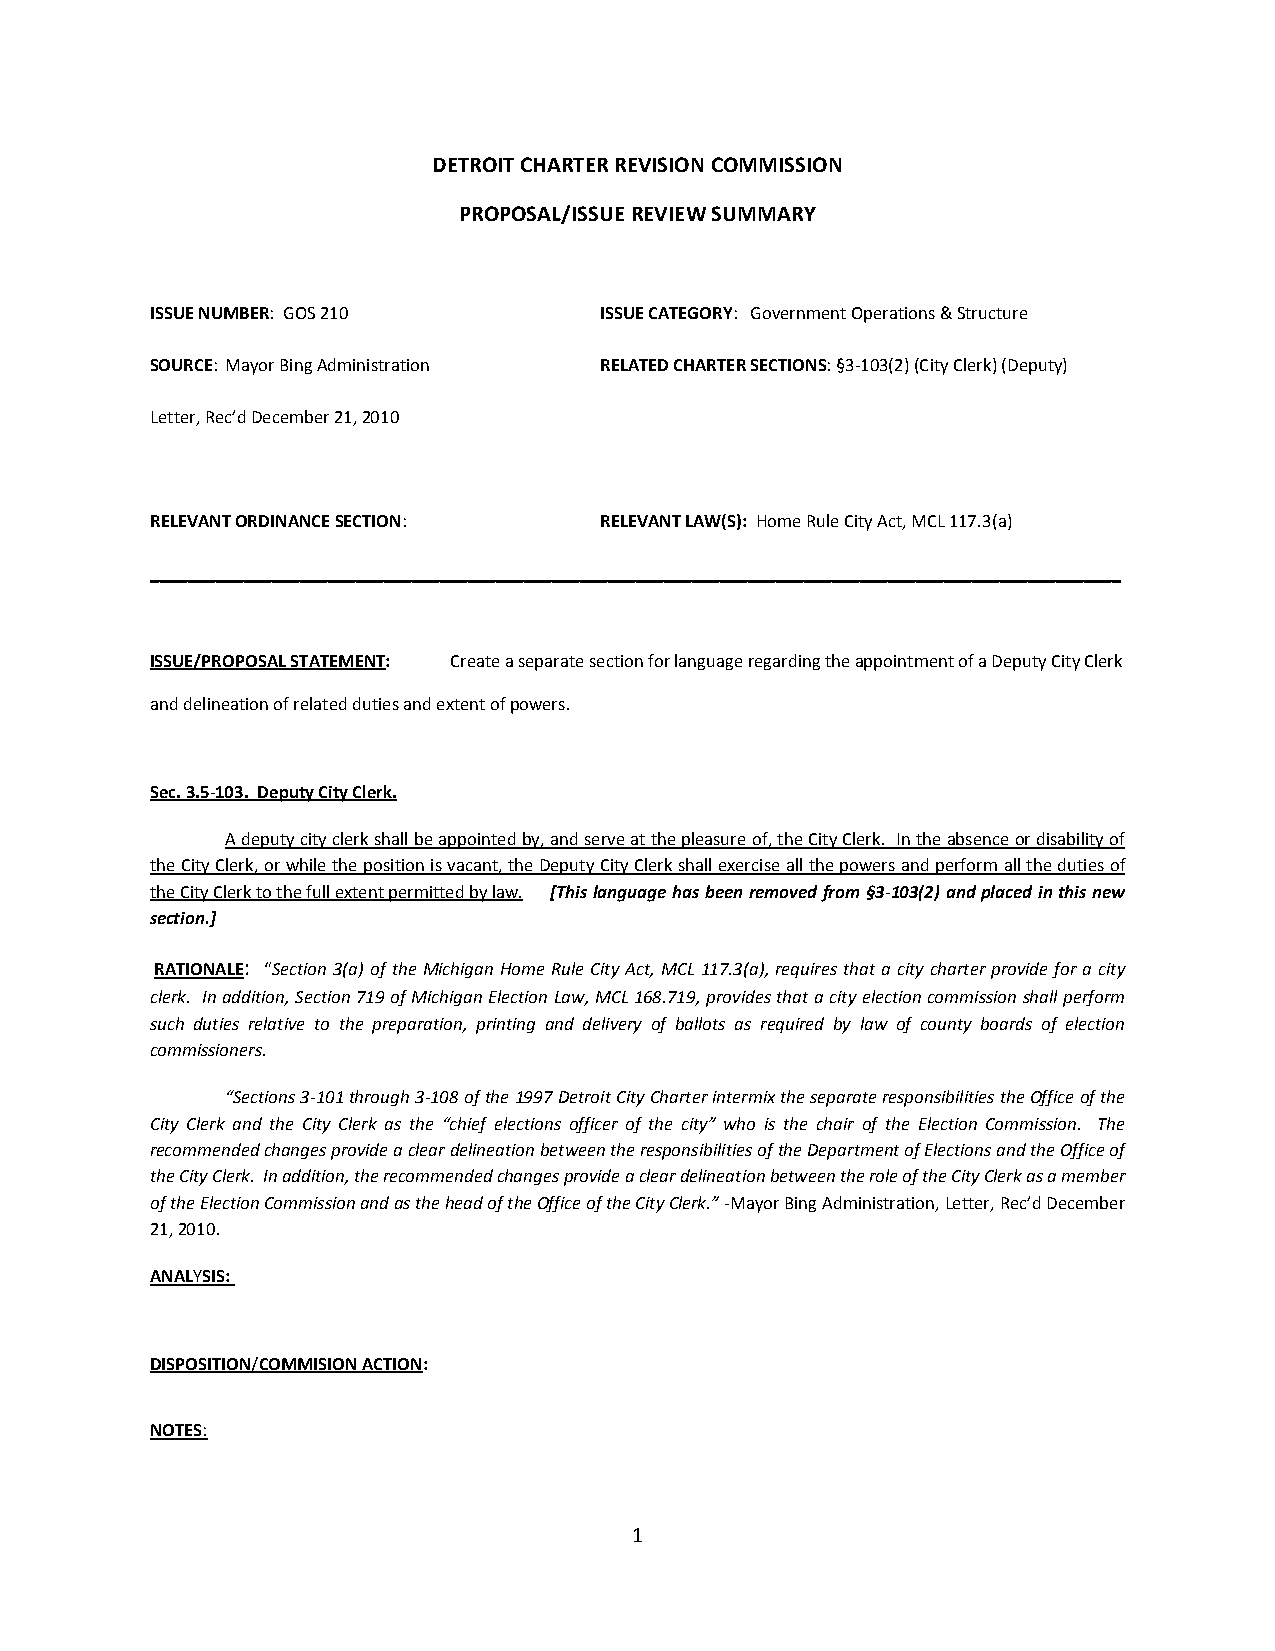
DETROIT CHARTER REVISION COMMISSION
 PROPOSAL/ISSUE REVIEW SUMMARY
 ISSUE NUMBER: GOS 210    ISSUE   CATEGORY: Government Operations & Structure
 SOURCE: Mayor Bing Administration RELATED CHARTER SECTIONS: §3‐103(2) (City Clerk) (Deputy)
 Letter, Rec’d December 21, 2010
 RELEVANT ORDINANCE SECTION: RELEVANT LAW(S): Home Rule City Act, MCL 117.3(a)
 ________________________________________________________________________________________________________
 ISSUE/PROPOSAL STATEMENT: Create a separate section for language regarding the appointment of a Deputy City Clerk
 and delineation of related duties and extent of powers.
 Sec. 3.5‐103. Deputy City Clerk.
 A deputy city clerk shall be appointed by, and serve at the pleasure of, the City Clerk. In the absence or disability of
 the City Clerk, or while the position is vacant, the Deputy City Clerk shall exercise all the powers and perform all the duties of
 the City Clerk to the full extent permitted by law. [This language has been removed from §3‐103(2) and placed in this new
 section.]
 RATIONALE: “Section 3(a) of the Michigan Home Rule City Act, MCL 117.3(a), requires that a city charter provide for a city
 clerk. In addition, Section 719 of Michigan Election Law, MCL 168.719, provides that a city election commission shall perform
 such duties relative to the preparation, printing and delivery of ballots as required by law of county boards of election
 commissioners.
 “Sections 3‐101 through 3‐108 of the 1997 Detroit City Charter intermix the separate responsibilities the Office of the
 City Clerk and the City Clerk as the “chief elections officer of the city” who is the chair of the Election Commission. The
 recommended changes provide a clear delineation between the responsibilities of the Department of Elections and the Office of
 the City Clerk. In addition, the recommended changes provide a clear delineation between the role of the City Clerk as a member
 of the Election Commission and as the head of the Office of the City Clerk.” ‐Mayor Bing Administration, Letter, Rec’d December
 21, 2010.
 ANALYSIS:
 DISPOSITION/COMMISION ACTION:
 NOTES:
 1